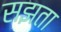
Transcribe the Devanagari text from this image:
सझता